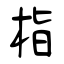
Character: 栺